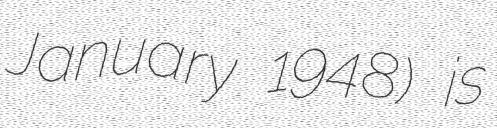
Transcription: January 1948) is